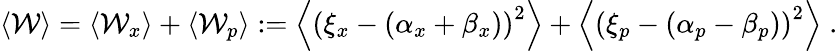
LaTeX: \begin{array}{r}{\langle\mathcal{W}\rangle=\langle\mathcal{W}_{x}\rangle+\langle\mathcal{W}_{p}\rangle:=\left\langle\left(\xi_{x}-(\alpha_{x}+\beta_{x})\right)^{2}\right\rangle+\left\langle\left(\xi_{p}-(\alpha_{p}-\beta_{p})\right)^{2}\right\rangle\; .}\end{array}